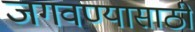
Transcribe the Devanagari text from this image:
जगवण्यासाठी